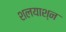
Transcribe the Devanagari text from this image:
शलयाश्न